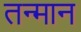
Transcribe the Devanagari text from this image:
तन्मान